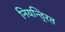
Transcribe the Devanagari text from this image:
नियन्ति्रत